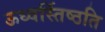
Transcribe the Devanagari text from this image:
ऊध्वर्स्तिष्ठति